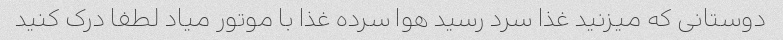
دوستانی که میزنید غذا سرد رسید هوا سرده غذا با موتور میاد لطفا درک کنید